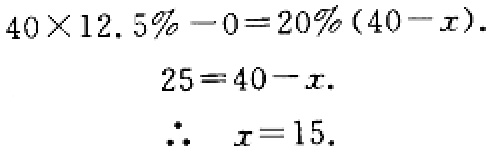
\[
\begin{align*}
40\times12.5\% - 0&=20\%(40 - x)\\
25&=40 - x\\
\therefore\quad x&=15
\end{align*}
\]